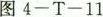
图4-T-11